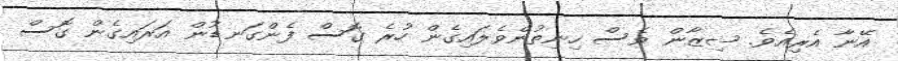
އޭނާ އެރިއެވެ. ޝިޒާން ވެސް ހިނިތުންވެލައިގެން ހުރެ ގޮސް ފެންގަނޑުން އަރައިގެން ގޮސް